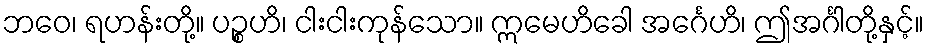
ဘဝေ၊ ရဟန်းတို့။ ပဉ္စဟိ၊ ငါးငါးကုန်သော။ ဣမေဟိခေါ အင်္ဂေဟိ၊ ဤအင်္ဂါတို့နှင့်။